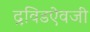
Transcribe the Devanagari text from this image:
द्रविडऐवजी